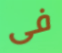
فى